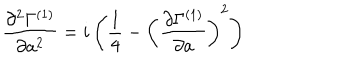
{ \frac { \partial ^ { 2 } \Gamma ^ { ( 1 ) } } { \partial a ^ { 2 } } } = i \left( { \frac { 1 } { 4 } } - \left( { \frac { \partial \Gamma ^ { ( 1 ) } } { \partial a } } \right) ^ { 2 } \right)